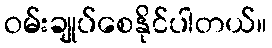
ဝမ်းချုပ်စေနိုင်ပါတယ်။